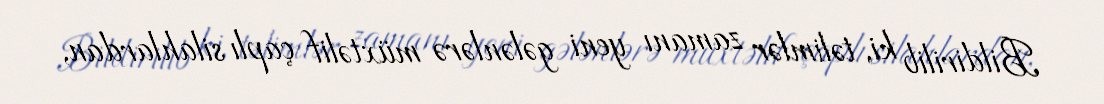
Bildirilib ki, təlimlər zamanı yeni gələnlərə müxtəlif çaplı silahlardan,